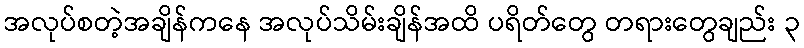
အလုပ်စတဲ့အချိန်ကနေ အလုပ်သိမ်းချိန်အထိ ပရိတ်တွေ တရားတွေချည်း ၃